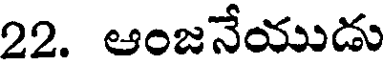
22. ఆంజనేయుడు